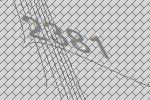
2381